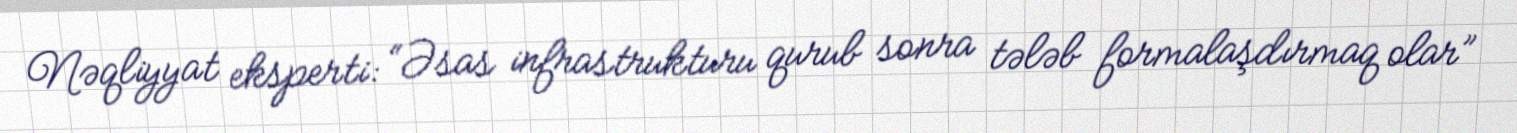
Nəqliyyat eksperti: “Əsas infrastrukturu qurub sonra tələb formalaşdırmaq olar”